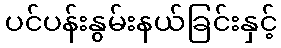
ပင်ပန်းနွမ်းနယ်ခြင်းနှင့်